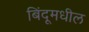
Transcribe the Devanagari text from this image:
बिंदूमधील